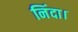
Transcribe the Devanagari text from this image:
निंदा।